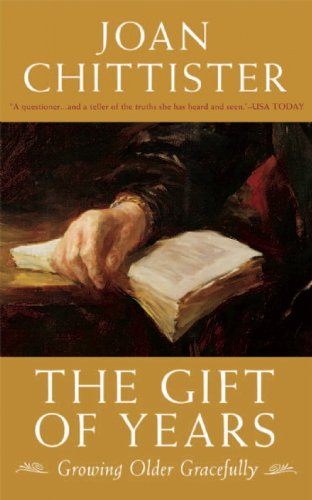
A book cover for The Gift of Years: Growing Older Gracefully; Joan Chittister; Self-Help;